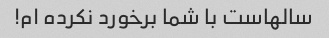
سالهاست با شما برخورد نکرده ام!